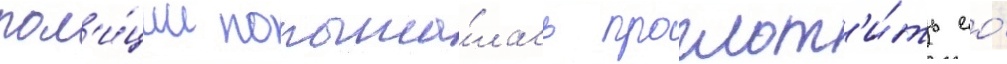
пол'и́ции попыта́лась проглот'и́ть ео́